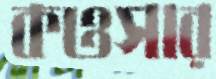
কওসার